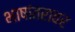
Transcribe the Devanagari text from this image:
भाषांतरावर